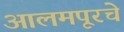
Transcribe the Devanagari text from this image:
आलमपूरचे